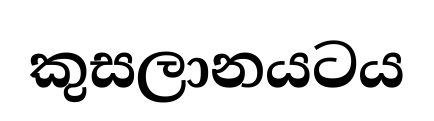
කුසලානයටය